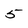
Character: 5